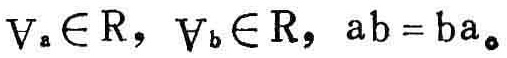
$\forall_{a} \in \mathbb{R}, \ \forall_{b} \in \mathbb{R}, \ ab = ba。$